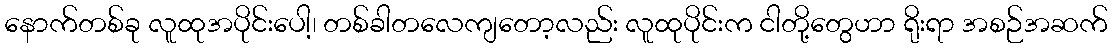
နောက်တစ်ခု လူထုအပိုင်းပေါ့၊ တစ်ခါတလေကျတော့လည်း လူထုပိုင်းက ငါတို့တွေဟာ ရိုးရာ အစဉ်အဆက်